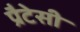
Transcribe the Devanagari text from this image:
प्रैटेसी